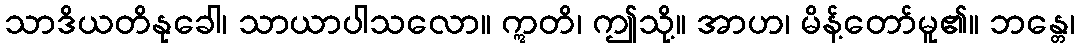
သာဒိယတိနုခေါ၊ သာယာပါသလော။ ဣတိ၊ ဤသို့။ အာဟ၊ မိန့်တော်မူ၏။ ဘန္တေ၊